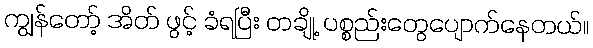
ကျွန်တော့် အိတ် ဖွင့် ခံရပြီး တချို့ ပစ္စည်းတွေပျောက်နေတယ်။